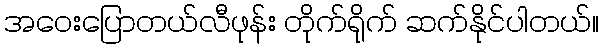
အဝေးပြောတယ်လီဖုန်း တိုက်ရိုက် ဆက်နိုင်ပါတယ်။